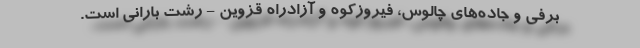
برفی و جاده‌های چالوس، فیروزکوه و آزادراه قزوین - رشت بارانی است.